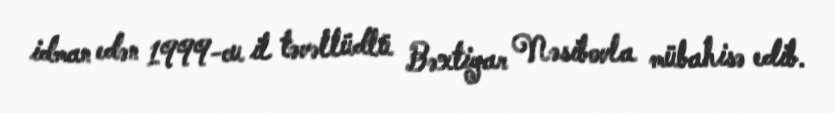
idman edən 1999-cu il təvəllüdlü Bəxtiyar Nəsibovla mübahisə edib.